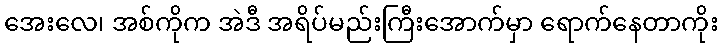
အေးလေ၊ အစ်ကိုက အဲဒီ အရိပ်မည်းကြီးအောက်မှာ ရောက်နေတာကိုး